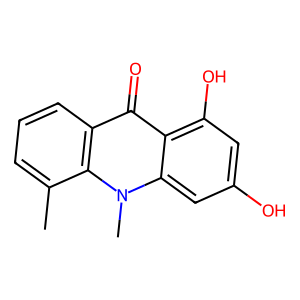
SMILES: Cc1cccc2c(=O)c3c(O)cc(O)cc3n(C)c12
Inhibits HIV replication: Yes